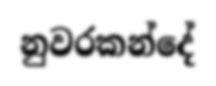
නුවරකන්දේ